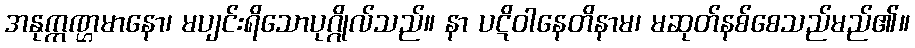
အနုက္ကဏ္ဌမာနော၊ မပျင်းရိသောပုဂ္ဂိုလ်သည်။ နာ ပဋိဝါနေတိနာမ၊ မဆုတ်နစ်စေသည်မည်၏။